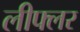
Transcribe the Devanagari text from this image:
लीफ्लर